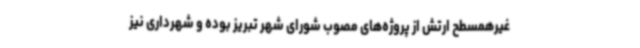
غیرهمسطح ارتش از پروژه‌های مصوب شورای شهر تبریز بوده و شهرداری نیز